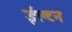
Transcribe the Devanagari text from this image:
ईल्टन